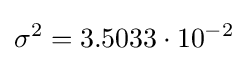
\sigma ^{2}=3.5033\cdot 10^{-2}